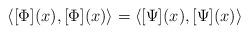
LaTeX: \begin{gather*}\langle[\Phi](x),[\Phi](x)\rangle=\langle[\Psi](x),[\Psi](x)\rangle\end{gather*}